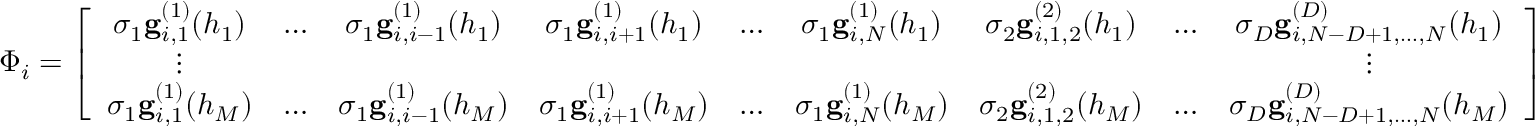
\Phi _ { i } = \left[ \begin{array} { c c c c c c c c c } { \sigma _ { 1 } \mathbf { g } _ { i , 1 } ^ { ( 1 ) } ( h _ { 1 } ) } & { \ldots } & { \sigma _ { 1 } \mathbf { g } _ { i , i - 1 } ^ { ( 1 ) } ( h _ { 1 } ) } & { \sigma _ { 1 } \mathbf { g } _ { i , i + 1 } ^ { ( 1 ) } ( h _ { 1 } ) } & { \ldots } & { \sigma _ { 1 } \mathbf { g } _ { i , N } ^ { ( 1 ) } ( h _ { 1 } ) } & { \sigma _ { 2 } \mathbf { g } _ { i , 1 , 2 } ^ { ( 2 ) } ( h _ { 1 } ) } & { \ldots } & { \sigma _ { D } \mathbf { g } _ { i , N - D + 1 , \ldots , N } ^ { ( D ) } ( h _ { 1 } ) } \\ { \vdots } & & & & & & & & { \vdots } \\ { \sigma _ { 1 } \mathbf { g } _ { i , 1 } ^ { ( 1 ) } ( h _ { M } ) } & { \ldots } & { \sigma _ { 1 } \mathbf { g } _ { i , i - 1 } ^ { ( 1 ) } ( h _ { M } ) } & { \sigma _ { 1 } \mathbf { g } _ { i , i + 1 } ^ { ( 1 ) } ( h _ { M } ) } & { \ldots } & { \sigma _ { 1 } \mathbf { g } _ { i , N } ^ { ( 1 ) } ( h _ { M } ) } & { \sigma _ { 2 } \mathbf { g } _ { i , 1 , 2 } ^ { ( 2 ) } ( h _ { M } ) } & { \ldots } & { \sigma _ { D } \mathbf { g } _ { i , N - D + 1 , \ldots , N } ^ { ( D ) } ( h _ { M } ) } \end{array} \right]